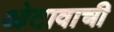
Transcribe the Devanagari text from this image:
ओटावाची